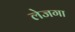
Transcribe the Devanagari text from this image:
लेजगा